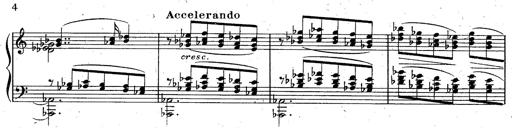
Title: God Save the Queen
Composer: Charles LÃ©on Hess
Key: A major